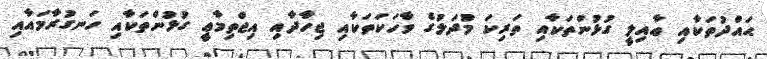
ޙައްދުތަކާއި ޢާއިލީ ގުޅުންތަކާއި ތަރިކަ މުދަލުގެ ވާހަކަތަކާއި ޖިހާދާއި އިޖްތިމާޢީ ގުޅުންތަކާއި ހަނގުރާމައާއި